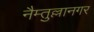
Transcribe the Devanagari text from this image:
नैम्तुल्लानगर